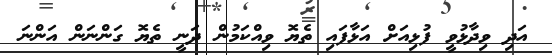
އަދި ވިދާޅުވީ ފުޅިއަށް އަޅާފައި ތެޔޮ ވިއްކަމުން ދަނީ ތެޔޮ ގަންނަން އަންނަ